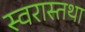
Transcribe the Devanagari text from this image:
स्वरास्तथा